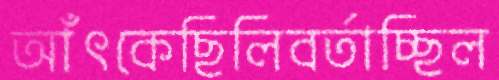
আঁৎকেছিলিবর্তাচ্ছিল